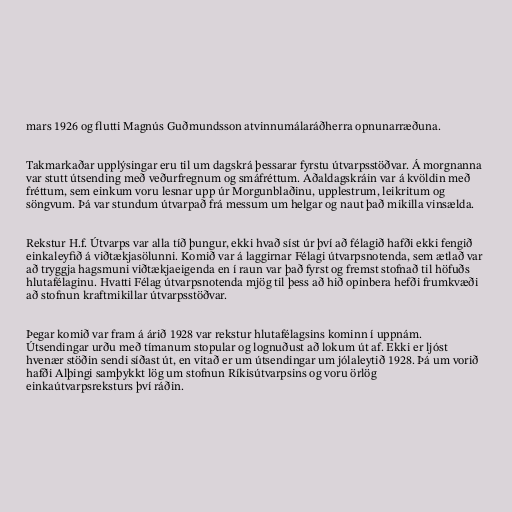
mars 1926 og flutti Magnús Guðmundsson atvinnumálaráðherra opnunarræðuna.

Takmarkaðar upplýsingar eru til um dagskrá þessarar fyrstu útvarpsstöðvar. Á morgnanna
var stutt útsending með veðurfregnum og smáfréttum. Aðaldagskráin var á kvöldin með
fréttum, sem einkum voru lesnar upp úr Morgunblaðinu, upplestrum, leikritum og
söngvum. Þá var stundum útvarpað frá messum um helgar og naut það mikilla vinsælda.

Rekstur H.f. Útvarps var alla tíð þungur, ekki hvað síst úr því að félagið hafði ekki fengið
einkaleyfið á viðtækjasölunni. Komið var á laggirnar Félagi útvarpsnotenda, sem ætlað var
að tryggja hagsmuni viðtækjaeigenda en í raun var það fyrst og fremst stofnað til höfuðs
hlutafélaginu. Hvatti Félag útvarpsnotenda mjög til þess að hið opinbera hefði frumkvæði
að stofnun kraftmikillar útvarpsstöðvar.

Þegar komið var fram á árið 1928 var rekstur hlutafélagsins kominn í uppnám.
Útsendingar urðu með tímanum stopular og lognuðust að lokum út af. Ekki er ljóst
hvenær stöðin sendi síðast út, en vitað er um útsendingar um jólaleytið 1928. Þá um vorið
hafði Alþingi samþykkt lög um stofnun Ríkisútvarpsins og voru örlög
einkaútvarpsreksturs því ráðin.